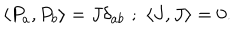
\langle P _ { a } , P _ { b } \rangle = J \delta _ { a b } \, \, ; \, \, \langle J , J \rangle = 0 .